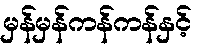
မှန်မှန်ကန်ကန်နှင့်